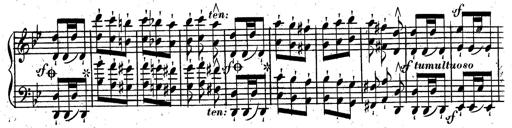
Title: Rondeau fantastique sur un thÃ¨me espagnol
Composer: Franz Liszt